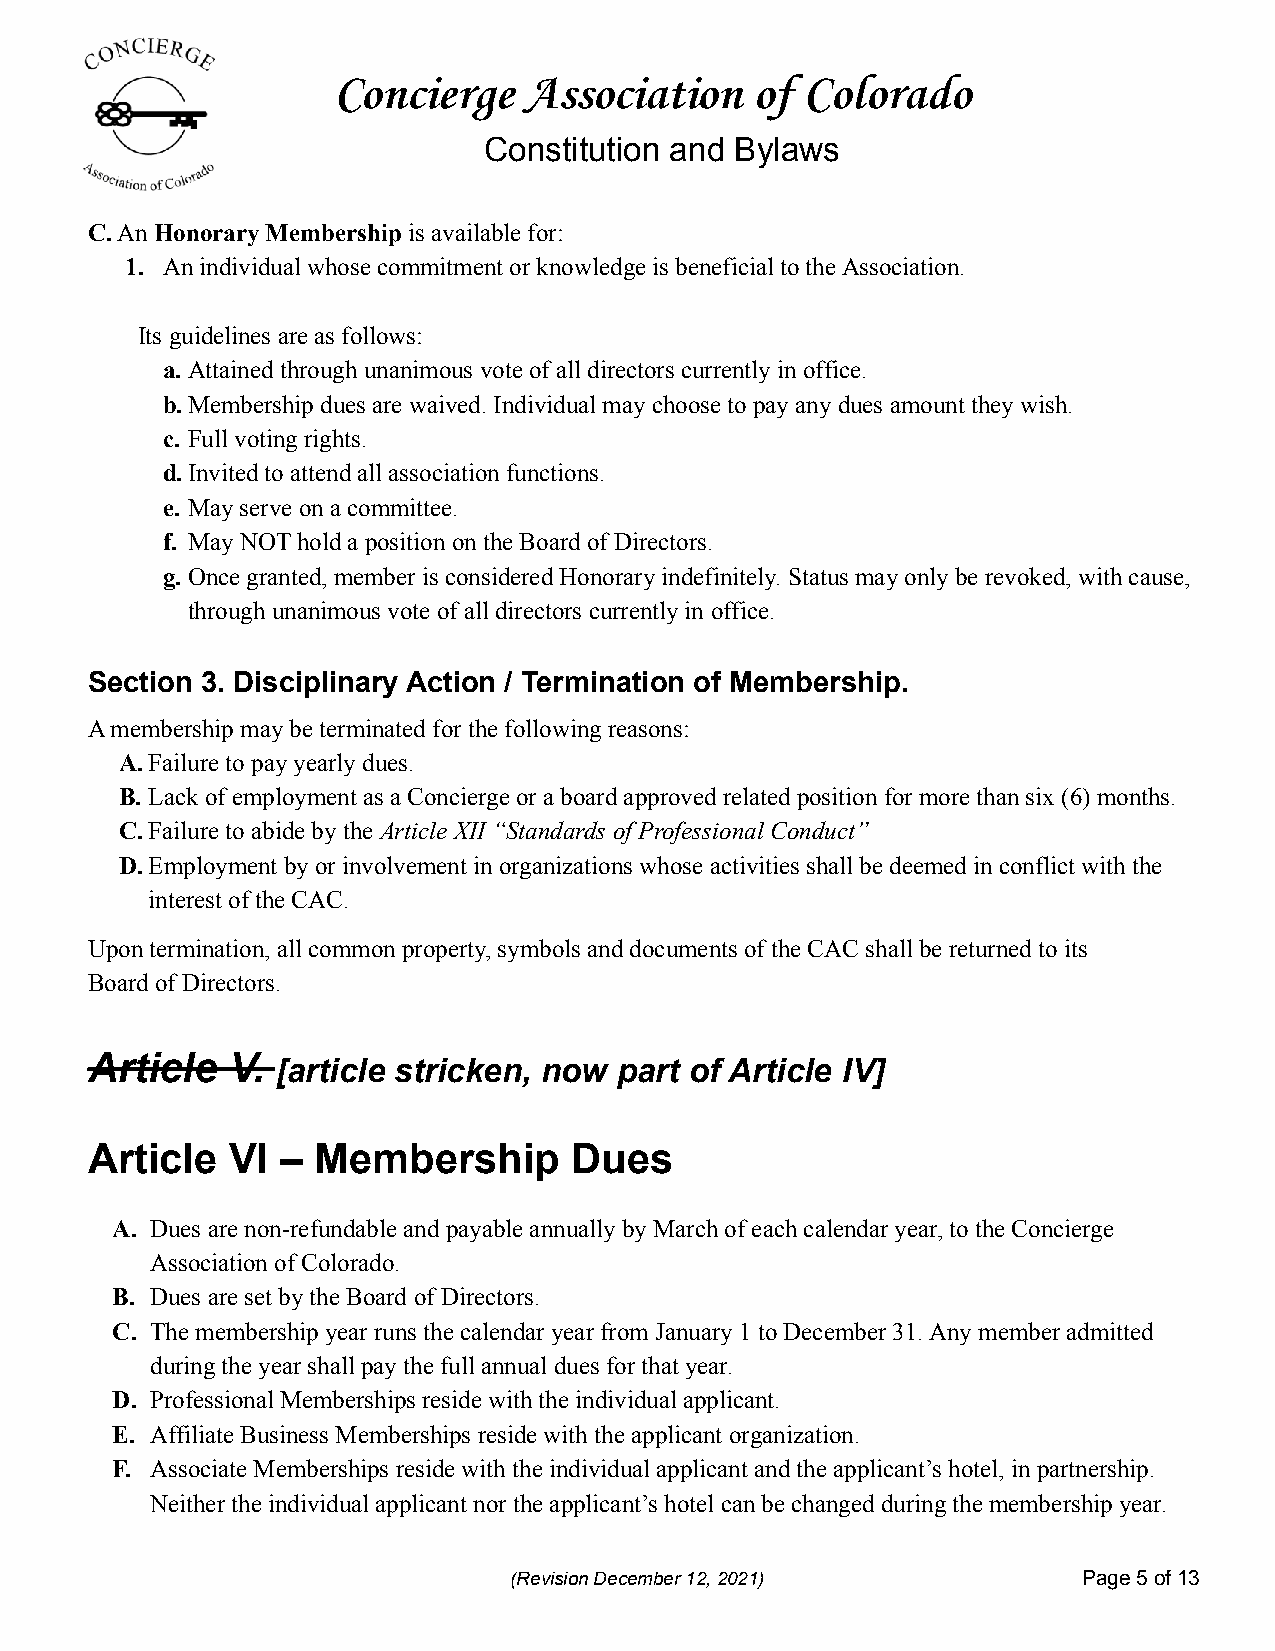
Concierge    Association    of Colorado
 Constitution and Bylaws
 C.An Honorary Membership is available for:
 1. An individual whose commitment or knowledge is beneficial to the Association.
 Its guidelines are as follows:
 a.Attained through unanimous vote of all directors currently in office.
 b.Membership dues are waived. Individual may choose to pay any dues amount they wish.
 c. Full voting rights.
 d.Invited to attend all association functions.
 e. May serve on a committee.
 f. May NOT hold a position on the Board of Directors.
 g.Once granted, member is considered Honorary indefinitely. Status may only be revoked, with cause,
 through unanimous vote of all directors currently in office.
 Section 3. Disciplinary Action / Termination of Membership.
 A membership may be terminated for the following reasons:
 A.Failure to pay yearly dues.
 B. Lack of employment as a Concierge or a board approved related position for more than six (6) months.
 C.Failure to abide by the Article XII “Standards of Professional Conduct”
 D.Employment by or involvement in organizations whose activities shall be deemed in conflict with the
 interest of the CAC.
 Upon termination, all common property, symbols and documents of the CAC shall be returned to its
 Board of Directors.
 Article  V.
 [article stricken, now part of Article IV]
 Article  VI  – Membership       Dues
 A. Dues are non-refundable and payable annually by March of each calendar year, to the Concierge
 Association of Colorado.
 B. Dues are set by the Board of Directors.
 C. The membership year runs the calendar year from January 1 to December 31. Any member admitted
 during the year shall pay the full annual dues for that year.
 D. Professional Memberships reside with the individual applicant.
 E. Affiliate Business Memberships reside with the applicant organization.
 F. Associate Memberships reside with the individual applicant and the applicant’s hotel, in partnership.
 Neither the individual applicant nor the applicant’s hotel can be changed during the membership year.
 (Revision December 12, 2021)          Page5of13